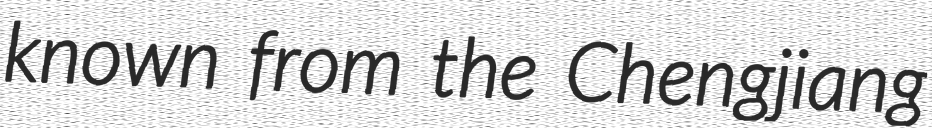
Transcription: known from the Chengjiang